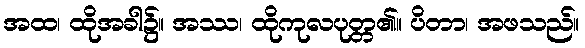
အထ၊ ထိုအခါ၌။ အဿ၊ ထိုကုလပုတ္တ၏။ ပိတာ၊ အဖသည်။